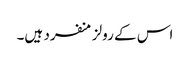
اس کے رولز منفرد ہیں۔